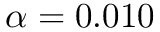
\alpha = 0 . 0 1 0